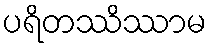
ပရိတဿိဿာမ